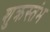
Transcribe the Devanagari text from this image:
शुक्रस्तंभ